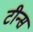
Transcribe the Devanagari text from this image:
टीन्स